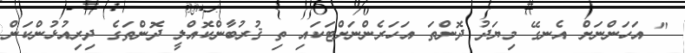
" އަހަންނަށް އެނގޭ މިޔަދު ދޮންތަ އަހަރެންނަށްޓަކައި ތި ޤުރުބާންކޮއްލީ ދޮންތަގެ ދިރިއުޅުންކަން